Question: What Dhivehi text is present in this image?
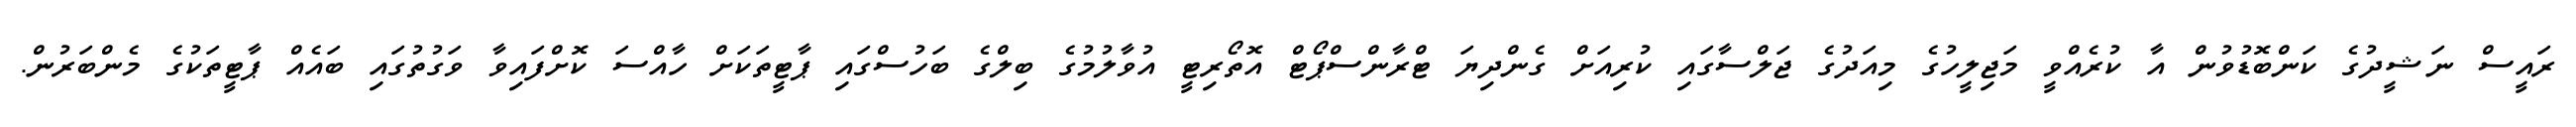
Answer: ރައީސް ނަޝީދުގެ ކަންބޮޑުވުން އާ ކުރެއްވީ މަޖިލީހުގެ މިއަދުގެ ޖަލްސާގައި ކުރިއަށް ގެންދިޔަ ޓްރާންސްޕޯޓް އޮތޯރިޓީ އުވާލުމުގެ ބިލްގެ ބަހުސްގައި ޕާޓީތަކަށް ހާއްސަ ކޮށްފައިވާ ވަގުތުގައި ބައެއް ޕާޓީތަކުގެ މެންބަރުން.